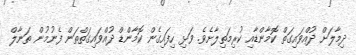
ދިމާލަށް ދުއްވައިގަތް ކޮމާންޑާއި ކުރިމަތިލާށެވެ. ވަޅި ހިފައިގެން ކޮމާންޑް ދުއްވައިގަތްތަން ފެނުމުން ތަނާލް